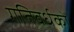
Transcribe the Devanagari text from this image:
गतिवर्धकों